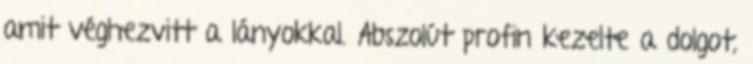
amit véghezvitt a lányokkal. Abszolút profin kezelte a dolgot,